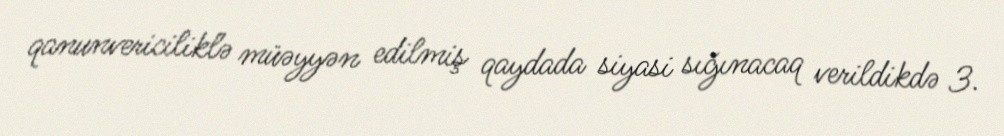
qanunvericiliklə müəyyən edilmiş qaydada siyasi sığınacaq verildikdə 3.